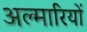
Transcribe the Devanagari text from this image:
अल्मारियों